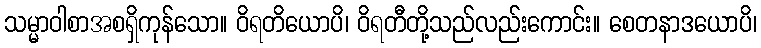
သမ္မာဝါစာအစရှိကုန်သော။ ဝိရတိယောပိ၊ ဝိရတီတို့သည်လည်းကောင်း။ စေတနာဒယောပိ၊